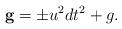
LaTeX: \begin{align*}\mathbf{g} = \pm u^2 dt^2 + g.\end{align*}